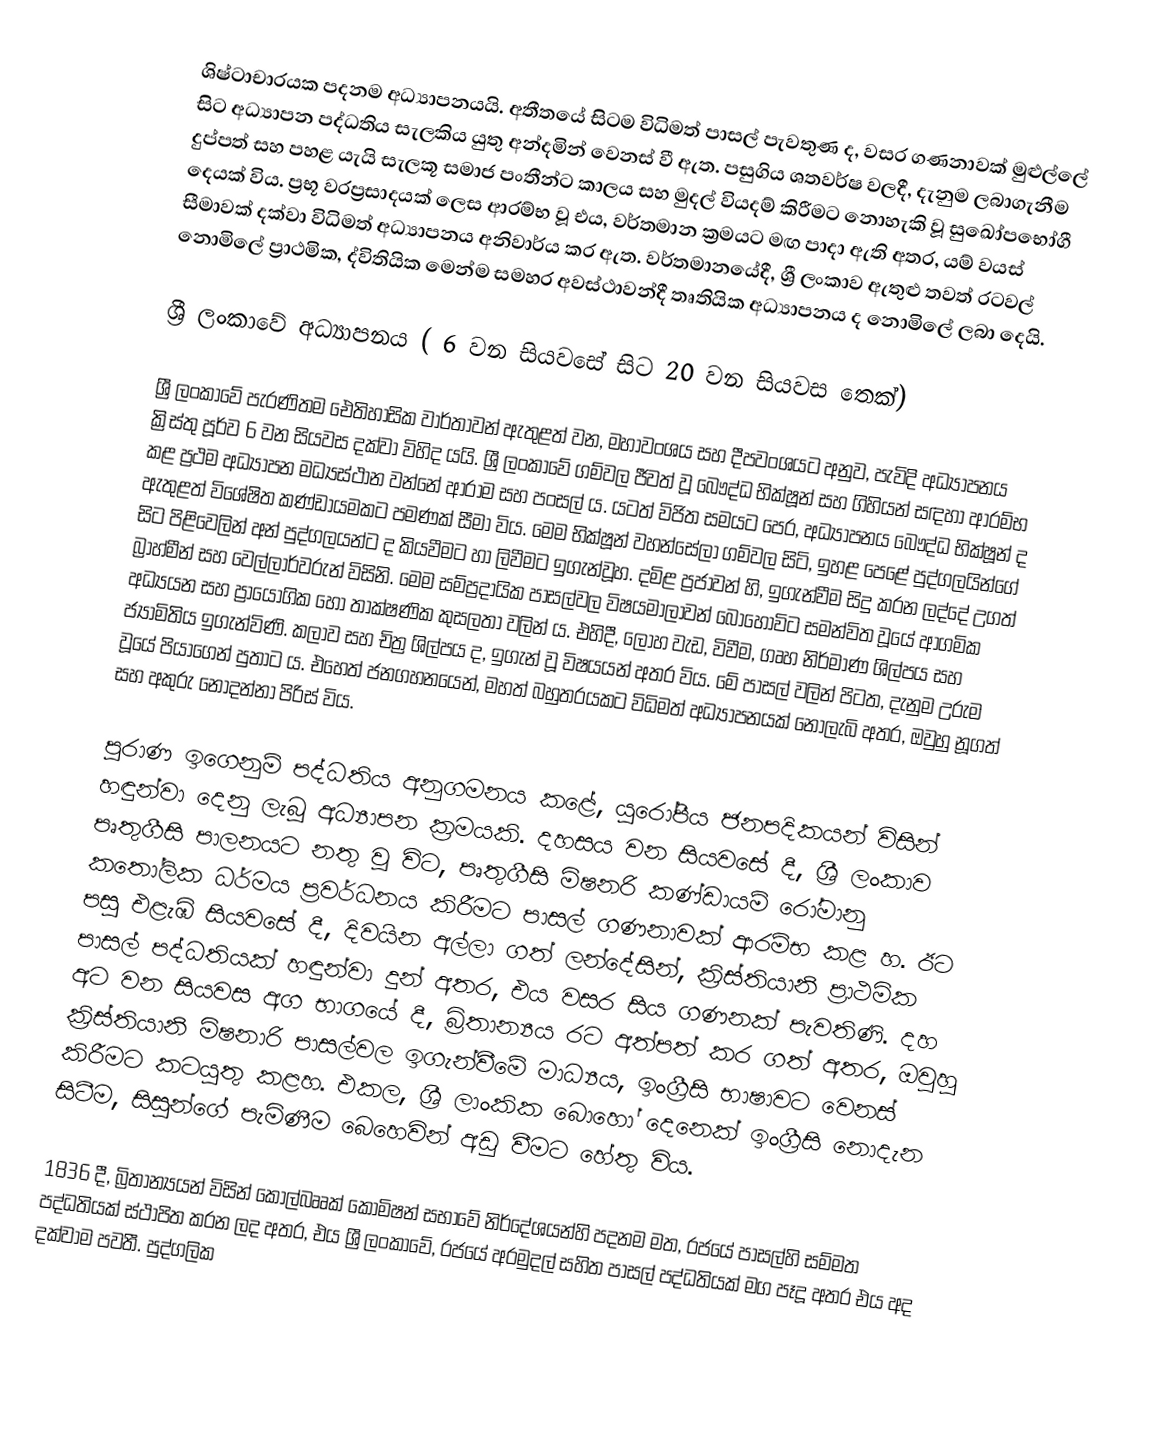
ශිෂ්ටාචාරයක පදනම අධ්‍යාපනයයි. අතීතයේ සිටම විධිමත් පාසල් පැවතුණ ද, වසර ගණනාවක් මුළුල්ලේ සිට අධ්‍යාපන පද්ධතිය සැලකිය යුතු අන්දමින් වෙනස් වී ඇත. පසුගිය ශතවර්ෂ වලදී, දැනුම ලබාගැනීම දුප්පත් සහ පහළ යැයි සැලකූ සමාජ පංතීන්ට කාලය සහ මුදල් වියදම් කිරීමට නොහැකි වූ සුඛෝපභෝගී දෙයක් විය. ප්‍රභූ වරප්‍රසාදයක් ලෙස ආරම්භ වූ එය, වර්තමාන ක්‍රමයට මඟ පාදා ඇති අතර,  යම් වයස් සීමාවක්  දක්වා විධිමත් අධ්‍යාපනය අනිවාර්ය කර ඇත. වර්තමානයේදී, ශ්‍රී ලංකාව ඇතුළු තවත් රටවල් නොමිලේ ප්‍රාථමික, ද්විතියික මෙන්ම සමහර අවස්ථාවන්දී තෘතියික අධ්‍යාපනය ද නොමිලේ ලබා දෙයි.

ශ්‍රී ලංකාවේ අධ්‍යාපනය ( 6 වන සියවසේ සිට 20 වන සියවස තෙක්)

ශ්‍රී ලංකාවේ පැරණිතම ඓතිහාසික වාර්තාවන් ඇතුළත් වන, මහාවංශය සහ දීපවංශයට අනුව, පැවිදි අධ්‍යාපනය ක්‍රිස්තු පූර්ව 6 වන සියවස  දක්වා විහිද යයි. ශ්‍රී ලංකාවේ ගම්වල ජීවත් වූ බෞද්ධ භික්ෂූන් සහ ගිහියන් සඳහා ආරම්භ කළ ප්‍රථම අධ්‍යාපන මධ්‍යස්ථාන වන්නේ ආරාම සහ පංසල් ය. යටත් විජිත සමයට පෙර, අධ්‍යාපනය බෞද්ධ භික්ෂූන් ද ඇතුළත් විශේෂිත කණ්ඩායමකට පමණක් සීමා විය. මෙම භික්ෂූන් වහන්සේලා ගම්වල සිටි, ඉහළ පෙළේ පුද්ගලයින්ගේ සිට පිළිවෙලින් අන් පුද්ගලයන්ට ද  කියවීමට හා ලිවීමට  ඉගැන්වූහ. දමිළ ප්‍රජාවන් හි, ඉගැන්වීම සිදු කරන ලද්දේ  උගත් බ්‍රාහ්මීන් සහ වෙල්ලාර්වරුන් විසිනි. මෙම සම්ප්‍රදායික පාසල්වල විෂයමාලාවන් බොහෝවිට සමන්විත වූයේ ආගමික අධ්‍යයන සහ ප්‍රායෝගික හෝ තාක්ෂණික කුසලතා වලින් ය. එහිදී, ලෝහ වැඩ, විවීම, ගෘහ නිර්මාණ ශිල්පය සහ  ජ්‍යාමිතිය ඉගැන්විණි. කලාව සහ චිත්‍ර ශිල්පය ද, ඉගැන් වූ විෂයයන් අතර විය. මේ පාසල් වලින් පිටත, දැනුම උරුම වූයේ පියාගෙන් පුතාට ය. එහෙත් ජනගහනයෙන්, මහත් බහුතරයකට විධිමත් අධ්‍යාපනයක් නොලැබි අතර, ඔවුහු නූගත් සහ අකුරු නොදන්නා පිරිස් විය.

පුරාණ ඉගෙනුම් පද්ධතිය අනුගමනය කළේ, යුරෝපීය ජනපදිකයන් විසින් හඳුන්වා දෙනු ලැබූ අධ්‍යාපන ක්‍රමයකි. දහසය වන සියවසේ දී, ශ්‍රී ලංකාව පෘතුගීසි පාලනයට නතු වූ විට, පෘතුගීසි මිෂනරි කණ්ඩායම් රෝමානු කතෝලික ධර්මය ප්‍රවර්ධනය කිරීමට පාසල් ගණනාවක් ආරම්භ කළ හ. ඊට පසු එළැඹි සියවසේ දී, දිවයින අල්ලා ගත් ලන්දේසින්, ක්‍රිස්තියානි ප්‍රාථමික පාසල් පද්ධතියක් හඳුන්වා දුන් අතර, එය වසර සිය ගණනක් පැවතිණි. දහ අට වන සියවස අග භාගයේ දී, බ්‍රිතාන්‍යය රට අත්පත් කර ගත් අතර, ඔවුහු ක්‍රිස්තියානි මිෂනාරි පාසල්වල ඉගැන්වීමේ මාධ්‍යය, ඉංග්‍රීසි භාෂාවට වෙනස් කිරීමට කටයුතු කළහ. එකල, ශ්‍රී ලාංකික බොහෝ දෙනෙක් ඉංග්‍රීසි නොදැන සිටීම, සිසුන්ගේ පැමිණීම බෙහෙවින් අඩු වීමට හේතු විය.

1836 දී, බ්‍රිතාන්‍යයන් විසින් කෝල්බෲක් කොමිෂන් සභා‍වේ නිර්දේශයන්හි පදනම මත, රජයේ පාසල්හි සම්මත පද්ධතියක් ස්ථාපිත කරන ලද අතර, එය ශ්‍රී ලංකාවේ, රජයේ අරමුදල් සහිත පාසල් පද්ධතියක්  මග පෑදූ අතර එය අද දක්වාම පවතී.  පුද්ගලික